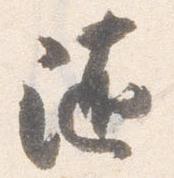
随